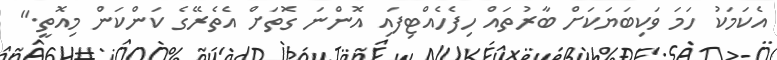
އެކަމަކު ހަމަ ވަކިބަޔަކަށް ބާރުތައް ހިފެހެއްޓިފައި އޮންނަ ގޮތަށް އެތެރޭގެ ކަންކަން މިއޮތީ."